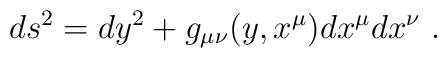
ds^2 = dy^2 + g_{\mu\nu} (y,x^{\mu} ) dx^{\mu} dx^{\nu}  \ .